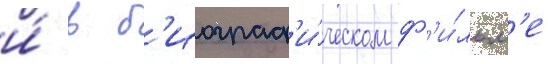
и́ в б'иограф'и́ческом ф'и́льм'е